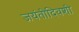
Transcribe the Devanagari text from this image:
जयंतीदिवशी